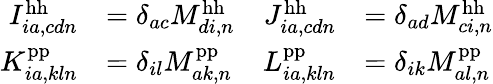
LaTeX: \begin{array}{rlrl}{I_{ia,cdn}^{\mathrm{hh}}}&{=\delta_{ac}M_{di,n}^{\mathrm{hh}}}&{J_{ia,cdn}^{\mathrm{hh}}}&{=\delta_{ad}M_{ci,n}^{\mathrm{hh}}}\\ {K_{ia,kln}^{\mathrm{pp}}}&{=\delta_{il}M_{ak,n}^{\mathrm{pp}}}&{L_{ia,kln}^{\mathrm{pp}}}&{=\delta_{ik}M_{al,n}^{\mathrm{pp}}}\end{array}